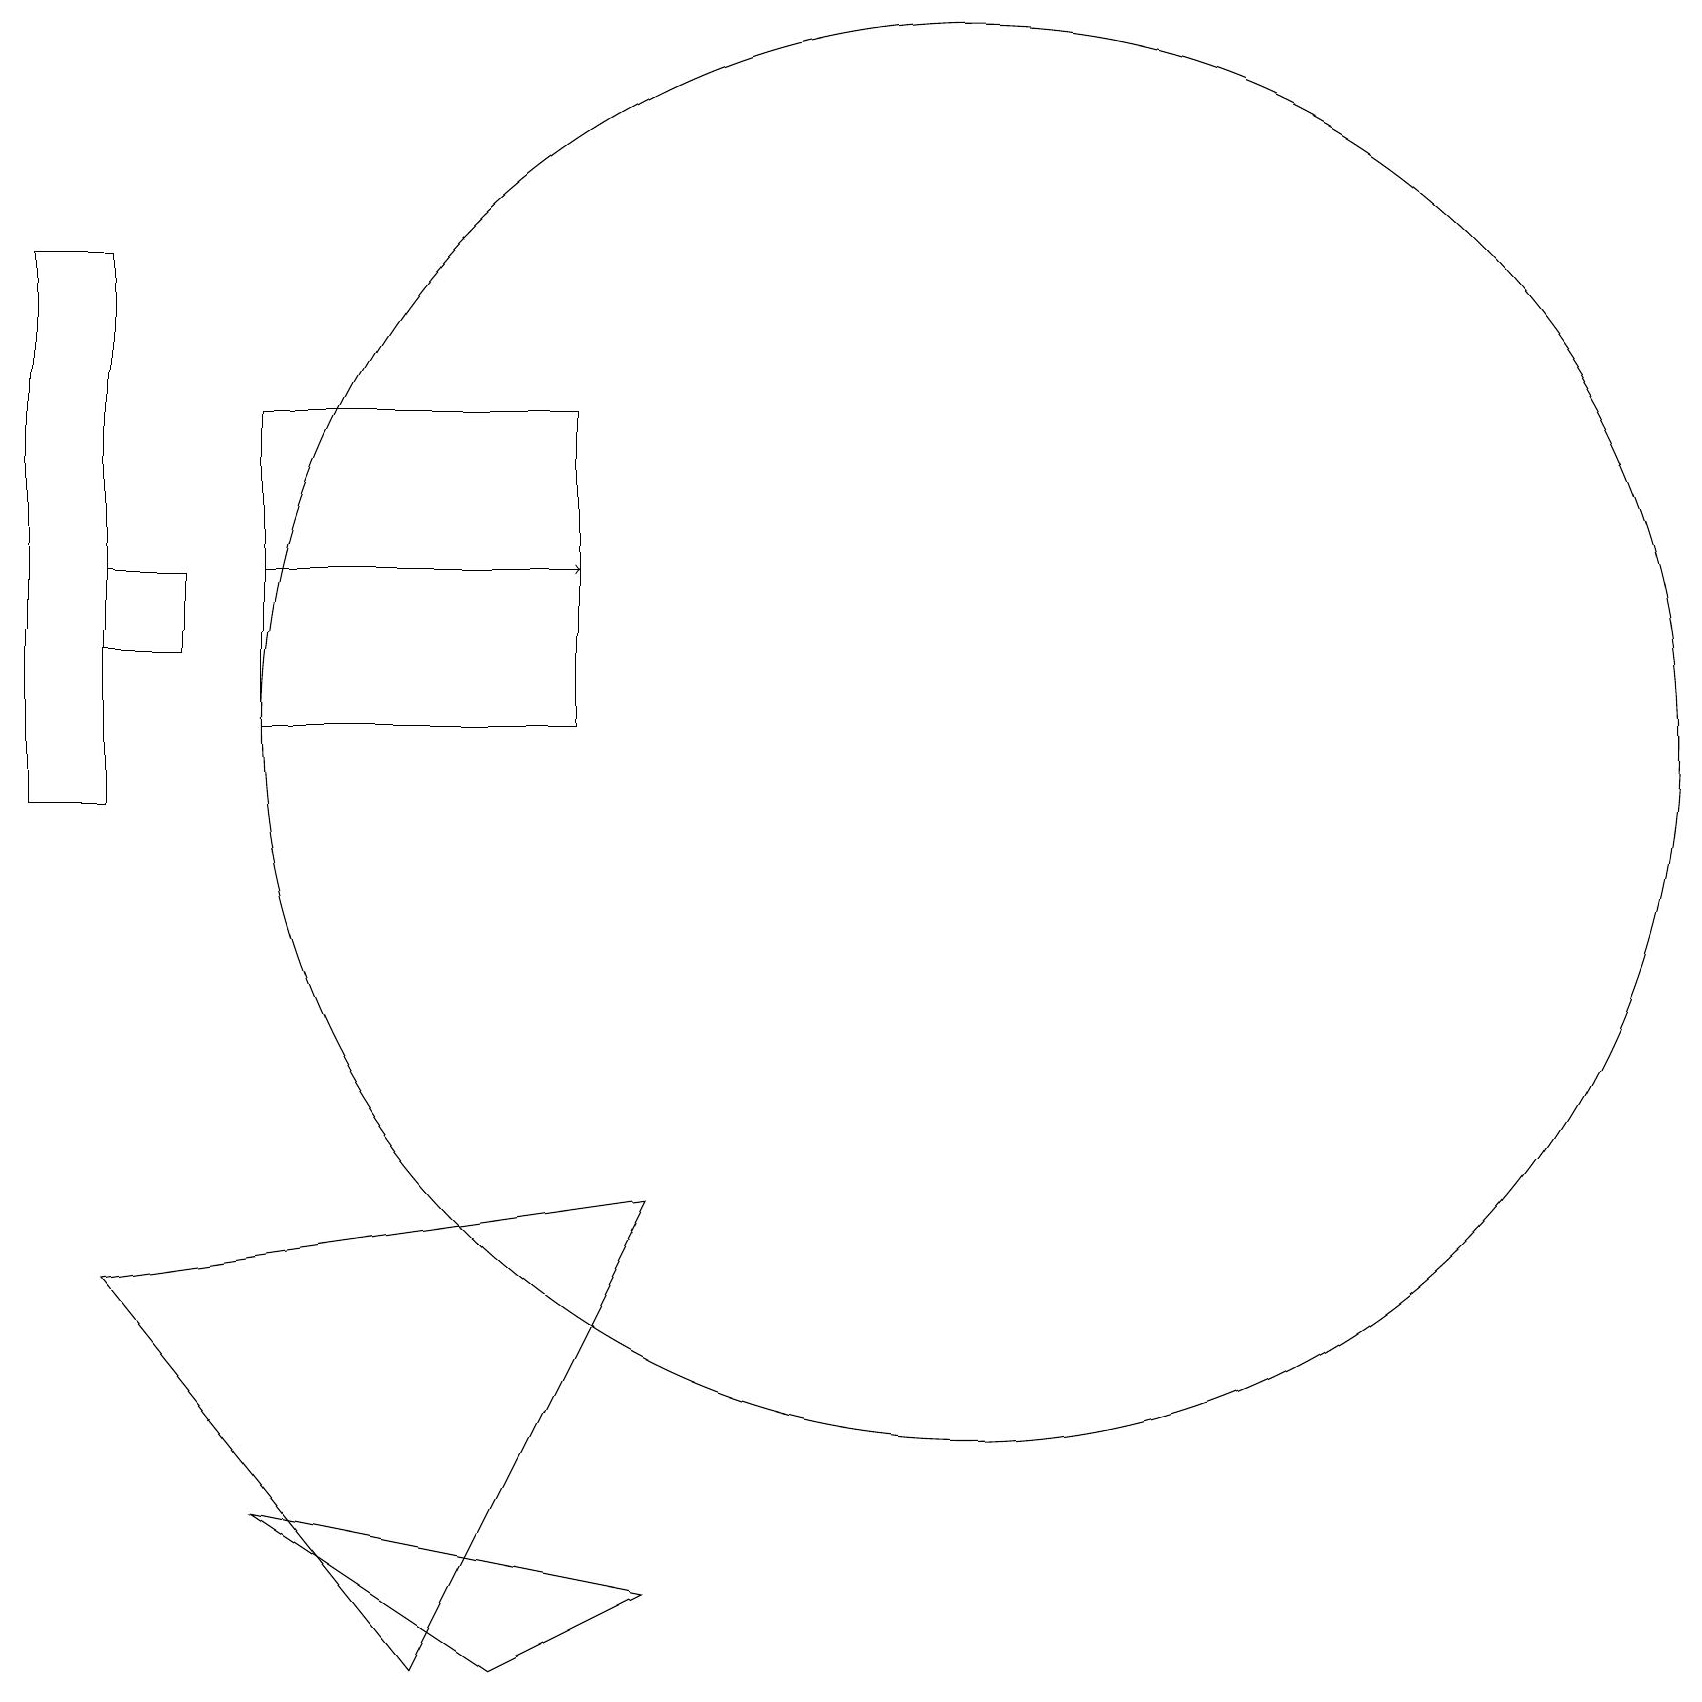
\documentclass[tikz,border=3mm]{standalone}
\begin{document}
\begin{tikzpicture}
\draw (8,6) -- (1,5) -- (5,0) -- cycle;
\draw (1,13) rectangle (2,14);
\draw (0,11) rectangle (1,18);
\draw (12,12) circle (9);
\draw (3,16) rectangle (7,12);
\draw[->] (3,14) -- (7,14);
\draw (8,1) -- (3,2) -- (6,0) -- cycle;
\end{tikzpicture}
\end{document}